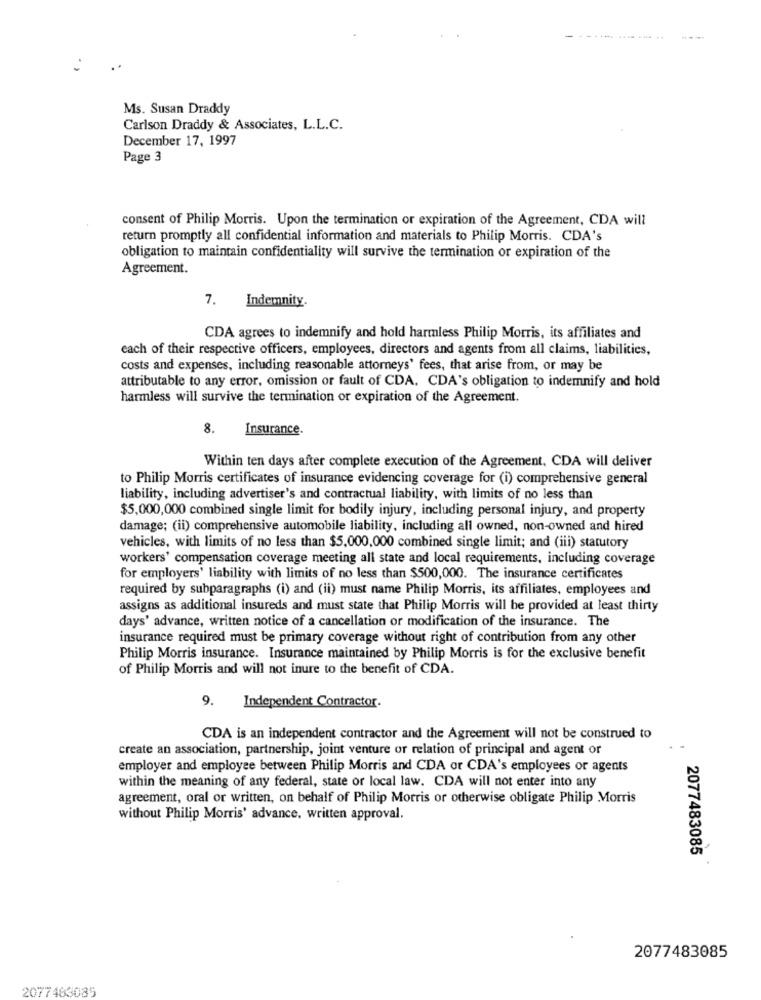
Ms. Susan Draddy
Carlson Draddy & Associates, L.L.C.
December 17, 1997
Page 3
consent of Philip Morris. Upon the termination or expiration of the Agreement, CDA will
return promptly all confidential information and materials to Philip Morris. CDA's
obligation to maintain confidentiality will survive the termination or expiration of the
Agreement.
7. Indemnity.
CDA agrees to indemnify and hold harmless Philip Morris, its affiliates and
each of their respective officers, employees, directors and agents from all claims, liabilities,
costs and expenses, including reasonable attorneys' fees, that arise from, or may be
attributable to any error, omission or fault of CDA. CDA's obligation to indemnify and hold
harmless will survive the termination or expiration of the Agreement.
8.
Insurance.
Within ten days after complete execution of the Agreement, CDA will deliver
to Philip Morris certificates of insurance evidencing coverage for (i) comprehensive general
liability, including advertiser's and contractual liability, with limits of no less than
$5,000,000 combined single limit for bodily injury, including personal injury, and property
damage; (ii) comprehensive automobile liability, including all owned, non-owned and hired
vehicles, with limits of no less than $5,000,000 combined single limit; and (iii) statutory
workers' compensation coverage meeting all state and local requirements, including coverage
for employers' liability with limits of no less than $500,000. The insurance certificates
required by subparagraphs (i) and (ii) must name Philip Morris, its affiliates, employees and
assigns as additional insureds and must state that Philip Morris will be provided at least thirty
days' advance, written notice of a cancellation or modification of the insurance. The
insurance required must be primary coverage without right of contribution from any other
Philip Morris insurance. Insurance maintained by Philip Morris is for the exclusive benefit
of Philip Morris and will not inure to the benefit of CDA.
9. Independent Contractor.
CDA is an independent contractor and the Agreement will not be construed to
create an association, partnership, joint venture or relation of principal and agent or
employer and employee between Philip Morris and CDA or CDA's employees or agents
within the meaning of any federal, state or local law. CDA will not enter into any
agreement, oral or written, on behalf of Philip Morris or otherwise obligate Philip Morris
without Philip Morris' advance, written approval.
2077483085
2077483085
2077463085